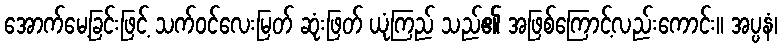
အောက်မေ့ခြင်းဖြင့် သက်ဝင်လေးမြတ် ဆုံးဖြတ် ယုံကြည် သည်၏ အဖြစ်ကြောင့်လည်းကောင်း။ အပ္ပနံ၊